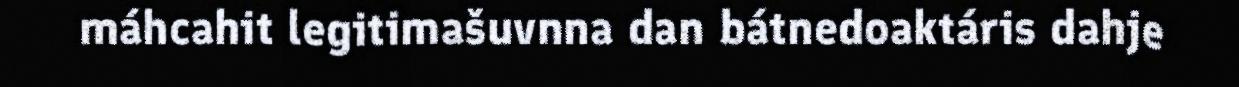
máhcahit legitimašuvnna dan bátnedoaktáris dahje